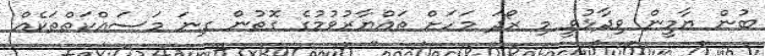
ބުން ޔާމީން ވިދާޅުވީ މި ރޯދަ މަހަށް ތައްޔާރުވުމުގެ ގޮތުން ގިނަ މަސައްކަތްތަކެއް